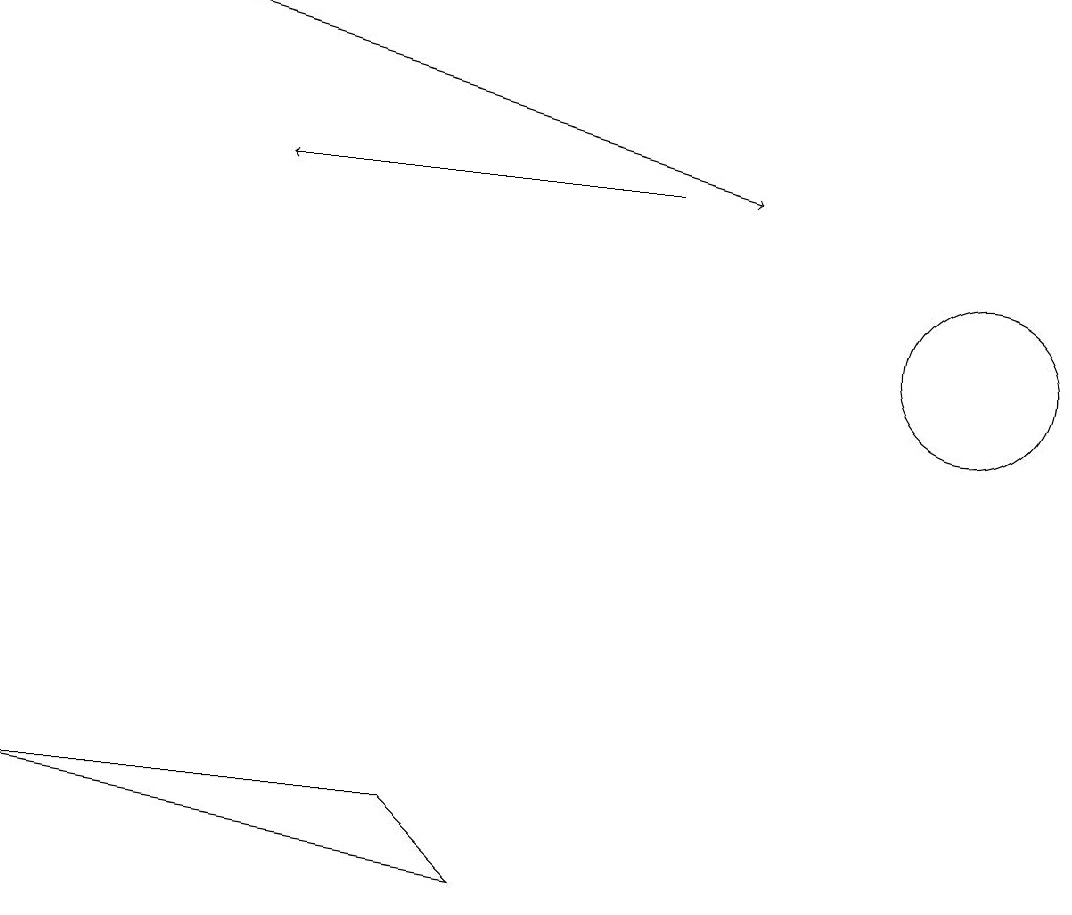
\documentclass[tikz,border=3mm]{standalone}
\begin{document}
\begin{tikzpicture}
\draw (5,5) -- (6,4) -- (0,5) -- cycle;
\draw (12,11) circle (1);
\draw[->] (2,15) -- (9,13);
\draw[->] (8,13) -- (3,13);
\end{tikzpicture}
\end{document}